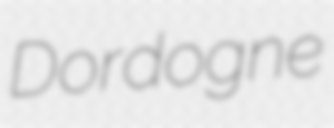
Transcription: Dordogne